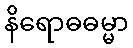
နိရောဓဓမ္မာ